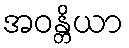
အဝန္တိယာ